65_HS1-834228961_62-HQ-83894_Section_2
Agency: FBI
Page 24
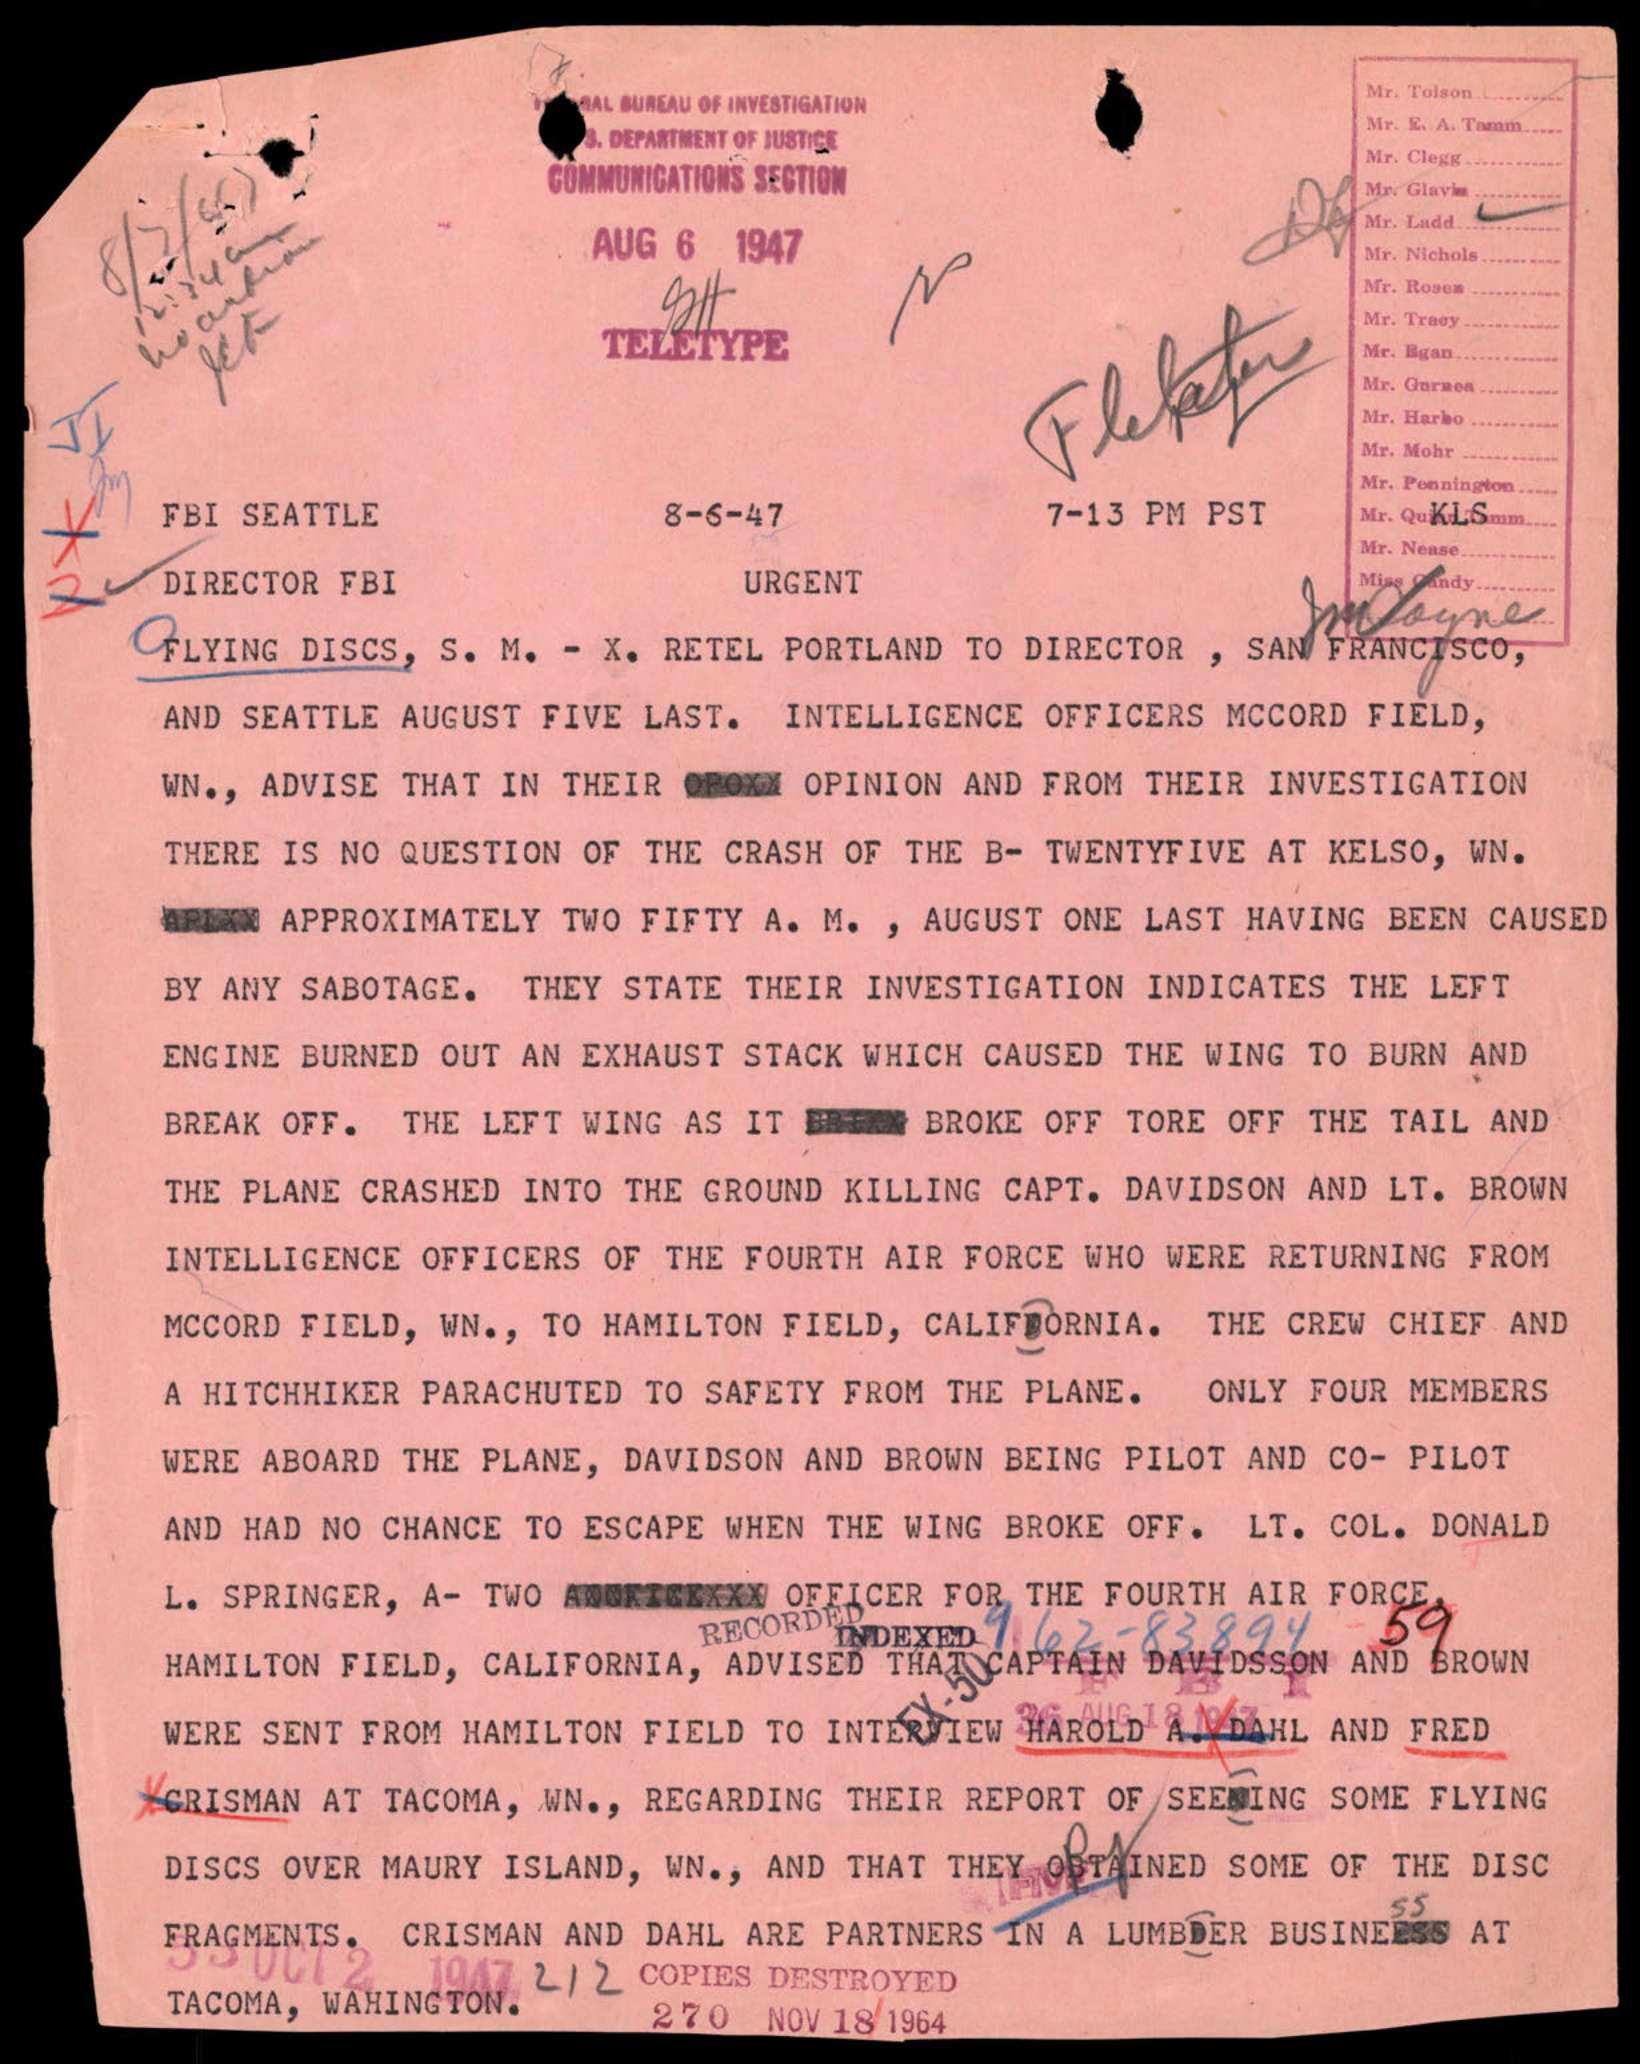